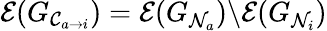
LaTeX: \mathcal{E}(G_{\mathcal{C}_{a\to i}})=\mathcal{E}(G_{\mathcal{N}_{a}})\backslash\mathcal{E}(G_{\mathcal{N}_{i}})